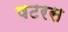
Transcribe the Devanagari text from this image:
षटरस